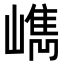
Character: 𡼕